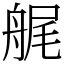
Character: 艉